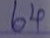
64